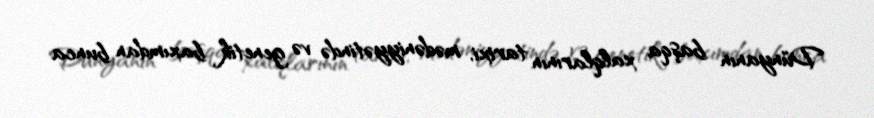
Dünyanın başqa xalqlarının tarixi, mədəniyyətində və genetik baxımdan bunca